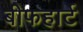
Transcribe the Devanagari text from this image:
बीफहार्ट